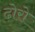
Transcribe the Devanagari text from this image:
ढोरो